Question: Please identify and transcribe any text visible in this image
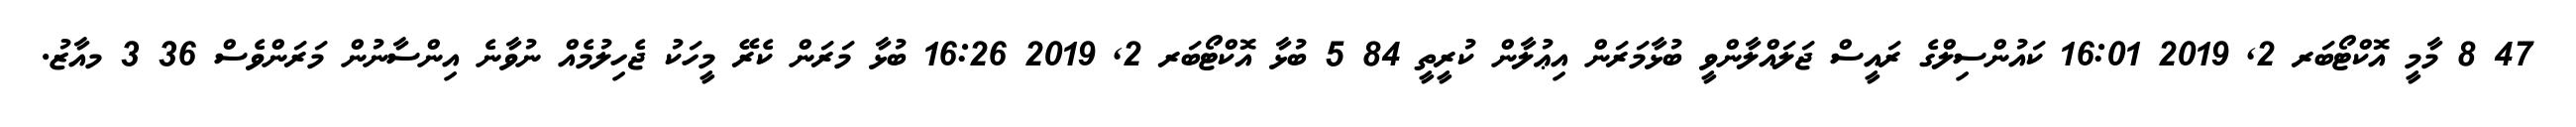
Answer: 47 8 މާމީ އޮކްޓޯބަރ 2, 2019 16:01 ކައުންސިލްގެ ރައީސް ޖަލައްލާންވީ ބުޅާމަރަން އިޢުލާން ކުރީތީ 84 5 ބުޅާ އޮކްޓޯބަރ 2, 2019 16:26 ބުޅާ މަރަން ކެރޭ މީހަކު ޖެހިލުމެއް ނުވާނެ އިންސާނުން މަރަންވެސް 36 3 މއާޒު.